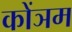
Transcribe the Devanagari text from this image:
कोंञम